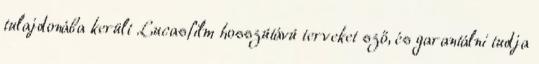
tulajdonába került Lucasfilm hosszútávú terveket sző, és garantálni tudja